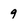
Character: 9